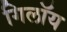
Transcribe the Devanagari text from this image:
गिलॉय